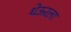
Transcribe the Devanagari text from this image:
थेऊरला